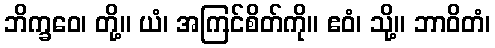
ဘိက္ခဝေ၊ တို့။ ယံ၊ အကြင်စိတ်ကို။ ဧဝံ၊ သို့။ ဘာဝိတံ၊